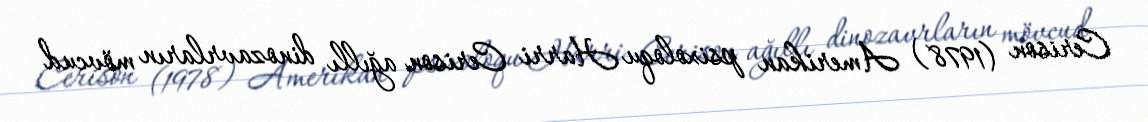
Cerison (1978) Amerikan psixoloqu Harri Cerison ağıllı dinozavrların mövcud